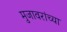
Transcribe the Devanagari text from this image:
मुजावरांच्या